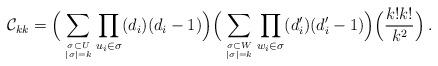
LaTeX: \begin{align*} {\cal C}_{kk} =\Big( \displaystyle\sum_{\sigma \subset U \atop |\sigma|=k}\prod_{u_i \in \sigma} (d_i)(d_i-1) \Big)\Big( \displaystyle\sum_{\sigma \subset W \atop |\sigma|=k}\prod_{w_i\in \sigma}(d_i')(d_i'-1) \Big)\Big( \dfrac{k!k!}{k^2} \Big)\:.\end{align*}